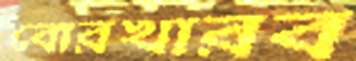
বোরখারব